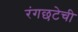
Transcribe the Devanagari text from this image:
रंगछटेची